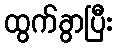
ထွက်ခွာပြီး